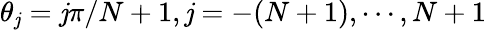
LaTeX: \theta_{\mathit{j}}=\mathit{j}\pi/N+1,\mathit{j}=-(N+1),\cdots,N+1